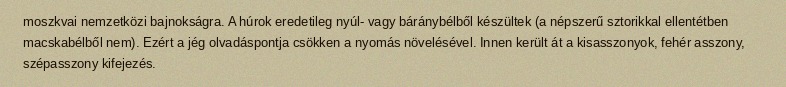
moszkvai nemzetközi bajnokságra. A húrok eredetileg nyúl- vagy báránybélből készültek (a népszerű sztorikkal ellentétben macskabélből nem). Ezért a jég olvadáspontja csökken a nyomás növelésével. Innen került át a kisasszonyok, fehér asszony, szépasszony kifejezés.